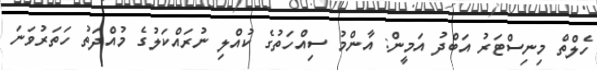
ހެލްތް މިނިސްޓަރު އަބްދު އަމީން: އާންމު ސިއްހަތުގެ ކުއްލި ނުރައްކަލުގެ މުއްދަތު ހަތަރުވަނަ